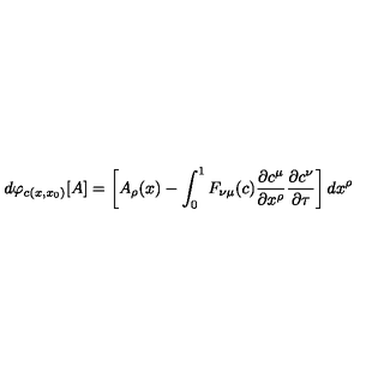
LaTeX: d \varphi _ { c ( x , x _ { 0 } ) } [ A ] = \left[ A _ { \rho } ( x ) - \int _ { 0 } ^ { 1 } F _ { \nu \mu } ( c ) \frac { \partial c ^ { \mu } } { \partial x ^ { \rho } } \frac { \partial c ^ { \nu } } { \partial \tau } \right] d x ^ { \rho }